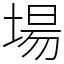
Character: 場